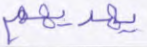
يهديهم